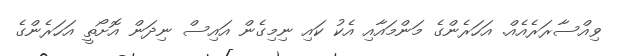
ވިއްސާރަރެއެއް. އަހަރެންގެ މަންމައާއި އެކު ކައި ނިމިގެން އައިސް ނިދަން އޮށޯތީ އަހަރެންގެ